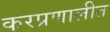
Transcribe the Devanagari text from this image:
करप्रणालीत